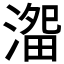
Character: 𱨗